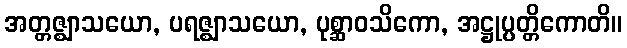
အတ္တဇ္ဈာသယော, ပရဇ္ဈာသယော, ပုစ္ဆာဝသိကော, အဋ္ဌုပ္ပတ္တိကောတိ။